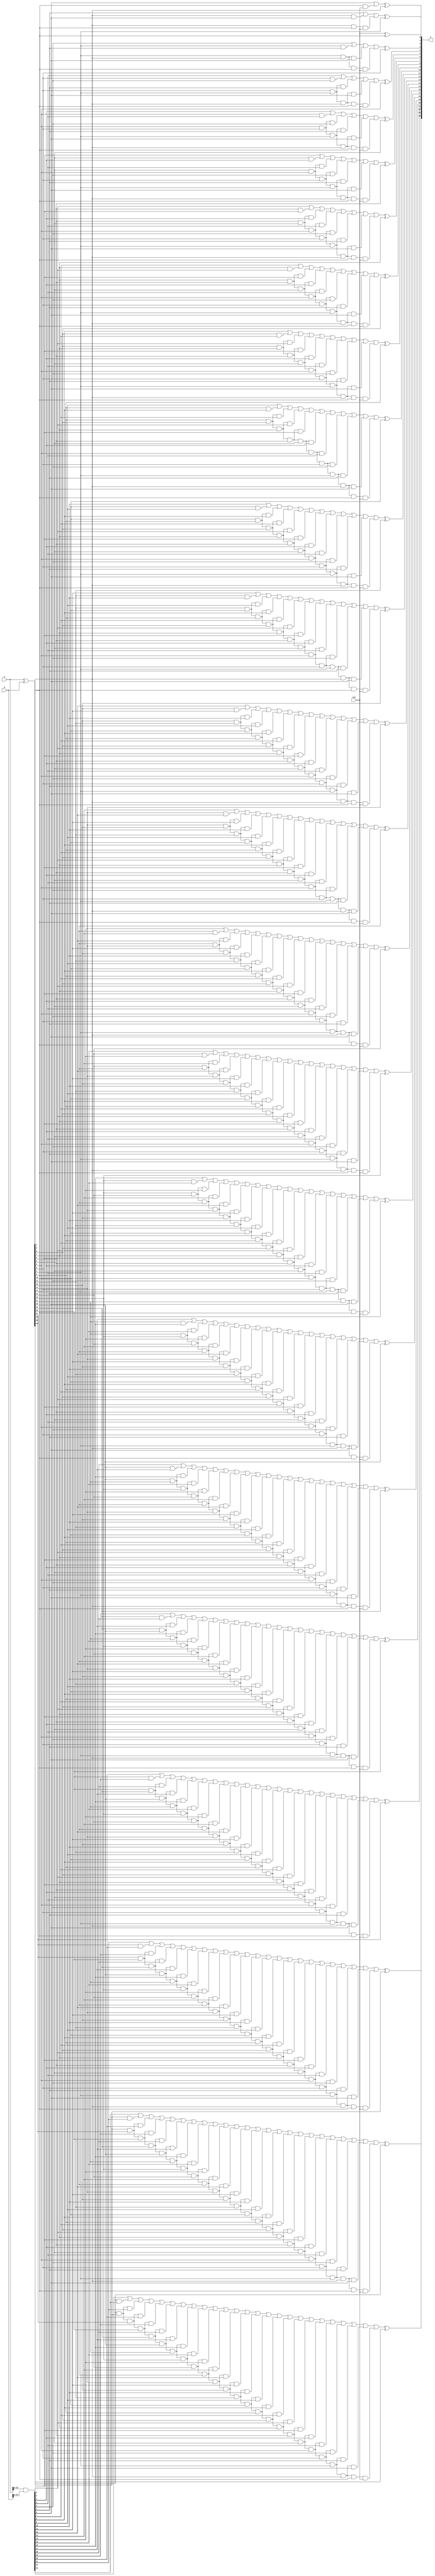
module CarryLookAheadAdder_23b(
	input wire [24:0]a,
	input wire [24:0]b,
	output wire [24:0]S,
    input wire Cin
);
    wire [25:0] G;
    wire [24:0] P;
    assign P[24:0] = a ^ b;
    assign G[25:1] = a & b;
    assign G[0] = Cin;
    
    wire [25:0] Carry;
    assign Carry[0] = Cin;

    genvar i , j , k;
    generate
        for (i = 1;i < 26;i = i + 1) begin : gen_block1
            wire [i:0] Ps;
            assign Ps[0] = 1'b1;
            for (k = 0;k < i;k = k + 1) begin : gen_block2
                assign Ps[k + 1] = Ps[k] & P[i - k - 1];
            end

            wire [i:0] terms;
            assign terms[0] = G[i];
            for (k = 0;k < i;k = k + 1) begin : gen_block3
                assign terms[k + 1] = terms[k] | (Ps[k + 1] & G[i - k - 1]);
            end
            assign Carry[i] = terms[i];
            assign S[i - 1] = Carry[i - 1] ^ P[i - 1]; 
        end
    endgenerate
endmodule

module CarryLookAheadAdder_8b(
	input wire [7:0]a,
	input wire [7:0]b,
	output wire [7:0]S,
    input wire Cin
);
    wire [8:0] G;
    wire [7:0] P;
    assign P[7:0] = a ^ b;
    assign G[8:1] = a & b;
    assign G[0] = Cin;
    
    wire [8:0] Carry;
    assign Carry[0] = Cin;

    genvar i , j , k;
    generate
        for (i = 1;i < 9;i = i + 1) begin : gen_block1
            wire [i:0] Ps;
            assign Ps[0] = 1'b1;
            for (k = 0;k < i;k = k + 1) begin : gen_block2
                assign Ps[k + 1] = Ps[k] & P[i - k - 1];
            end

            wire [i:0] terms;
            assign terms[0] = G[i];
            for (k = 0;k < i;k = k + 1) begin : gen_block3
                assign terms[k + 1] = terms[k] | (Ps[k + 1] & G[i - k - 1]);
            end
            assign Carry[i] = terms[i];
            assign S[i - 1] = Carry[i - 1] ^ P[i - 1]; 
        end
    endgenerate
endmodule


module FP32Adder2_CLA(
    input wire [31:0] a,
	input wire [31:0] b,
    output wire [31:0]S,
    output wire Overflow
);

    wire a_sign;
    wire b_sign;
    wire [7:0] a_exp;
    wire [7:0] b_exp;
    wire [22:0] a_mantissa;
    wire [22:0] b_mantissa;

    wire [22:0] zeros;
    assign zeros = 23'b00000000000000000000000;

    assign a_sign = a[31];
    assign b_sign = b[31];
    assign a_exp  = a[30:23];
    assign b_exp  = b[30:23];
    assign a_mantissa = a[22:0];
    assign b_mantissa = b[22:0];

    wire [23:0] l_mantissa;
    wire [23:0] s_mantissa;
    wire [7:0] c_exp;
    wire l_sign;
    wire s_sign;

    wire cmp;
    assign cmp = (a_exp > b_exp || (a_exp == b_exp && a_mantissa > b_mantissa));

    wire [7:0] a_minus_b;
    wire [7:0] b_minus_a;
    CarryLookAheadAdder_8b sub_a_b(
        .a(a_exp),
        .b((8'b11111111 ^ b_exp)),
        .S(a_minus_b),
        .Cin(1'b1)
    );

    CarryLookAheadAdder_8b sub_b_a(
        .a(b_exp),
        .b((8'b11111111 ^ a_exp)),
        .S(b_minus_a),
        .Cin(1'b1)
    );

    assign l_mantissa = cmp ? { a_exp != 8'b00000000 , a_mantissa} :
                              { b_exp != 8'b00000000 , b_mantissa};

    assign s_mantissa = cmp ? { b_exp != 8'b00000000 , b_mantissa} >> (a_minus_b) : 
                              { a_exp != 8'b00000000 , a_mantissa} >> (b_minus_a);
    assign c_exp  = cmp ? a_exp : b_exp;
    assign l_sign = cmp ? a_sign : b_sign;
    assign s_sign = cmp ? b_sign : a_sign;

    wire equs;
    assign equs = l_sign ^ s_sign;

    wire [24:0] sum_man; 
    CarryLookAheadAdder_23b add1(
        .a({1'b0 , l_mantissa}),
        .b({1'b0 , s_mantissa}),
        .S(sum_man),
        .Cin(1'b0)
    );
    //assign sum_man = l_mantissa + s_mantissa;

    wire [22:0] ss_m;
    wire [7:0] ss_exp;
    wire [7:0] c_exp_inc;
    CarryLookAheadAdder_8b inc1(
        .a(8'b00000000),
        .b(c_exp),
        .S(c_exp_inc),
        .Cin(1'b1)
    );

    assign ss_m   = sum_man[24] ? sum_man[23:1] : sum_man[22:0];
    assign ss_exp = sum_man[24] ? c_exp_inc : c_exp;

    wire [24:0] sum_dif;
    CarryLookAheadAdder_23b sub1(
        .a({1'b0 , l_mantissa}),
        .b({1'b1 , (24'b111111111111111111111111 ^ s_mantissa)}),
        .S(sum_dif),
        .Cin(1'b1)
    );
    //assign sum_dif = l_mantissa - s_mantissa;

    wire [22:0] ds_m;
    wire [7:0] ds_exp_offset;

    assign ds_m = sum_dif[23] ?  sum_dif[22:0] :
                  sum_dif[22] ? {sum_dif[21:0],zeros[0   ]} :
                  sum_dif[21] ? {sum_dif[20:0],zeros[1:0 ]} :
                  sum_dif[20] ? {sum_dif[19:0],zeros[2:0 ]} :
                  sum_dif[19] ? {sum_dif[18:0],zeros[3:0 ]} :
                  sum_dif[18] ? {sum_dif[17:0],zeros[4:0 ]} :
                  sum_dif[17] ? {sum_dif[16:0],zeros[5:0 ]} :
                  sum_dif[16] ? {sum_dif[15:0],zeros[6:0 ]} :
                  sum_dif[15] ? {sum_dif[14:0],zeros[7:0 ]} :
                  sum_dif[14] ? {sum_dif[13:0],zeros[8:0 ]} :
                  sum_dif[13] ? {sum_dif[12:0],zeros[9:0 ]} :
                  sum_dif[12] ? {sum_dif[11:0],zeros[10:0]} :
                  sum_dif[11] ? {sum_dif[10:0],zeros[11:0]} :
                  sum_dif[10] ? {sum_dif[9:0 ],zeros[11:0]} :
                  sum_dif[9]  ? {sum_dif[8:0 ],zeros[12:0]} :
                  sum_dif[8]  ? {sum_dif[7:0 ],zeros[13:0]} :
                  sum_dif[7]  ? {sum_dif[6:0 ],zeros[14:0]} :
                  sum_dif[6]  ? {sum_dif[5:0 ],zeros[15:0]} :
                  sum_dif[5]  ? {sum_dif[4:0 ],zeros[16:0]} :
                  sum_dif[4]  ? {sum_dif[3:0 ],zeros[17:0]} :
                  sum_dif[3]  ? {sum_dif[2:0 ],zeros[18:0]} :
                  sum_dif[2]  ? {sum_dif[1:0 ],zeros[19:0]} :
                  sum_dif[1]  ? {sum_dif[0   ],zeros[20:0]} :
                  sum_dif[0]  ? zeros[22:0] : zeros[22:0];

    assign ds_exp_offset = 
                  sum_dif[23] ? 8'b00000000 : // -0
                  sum_dif[22] ? 8'b11111111 : // -1
                  sum_dif[21] ? 8'b11111110 : // -2
                  sum_dif[20] ? 8'b11111101 : // -3
                  sum_dif[19] ? 8'b11111100 : // -4
                  sum_dif[18] ? 8'b11111011 : // -5
                  sum_dif[17] ? 8'b11111010 : // -6
                  sum_dif[16] ? 8'b11111001 : // -7
                  sum_dif[15] ? 8'b11111000 : // -8
                  sum_dif[14] ? 8'b11110111 : // -9
                  sum_dif[13] ? 8'b11110110 : // -10 
                  sum_dif[12] ? 8'b11110101 : // -11
                  sum_dif[11] ? 8'b11110100 : // -12
                  sum_dif[10] ? 8'b11110011 : // -13
                  sum_dif[9]  ? 8'b11110010 : // -14
                  sum_dif[8]  ? 8'b11110001 : // -15
                  sum_dif[7]  ? 8'b11110000 : // -16
                  sum_dif[6]  ? 8'b11101111 : // -17
                  sum_dif[5]  ? 8'b11101110 : // -18
                  sum_dif[4]  ? 8'b11101101 : // -19
                  sum_dif[3]  ? 8'b11101100 : // -20
                  sum_dif[2]  ? 8'b11101011 : // -21
                  sum_dif[1]  ? 8'b11101010 : // -22
                  sum_dif[0]  ? 8'b11101001 : // -23
                        8'b01111111; 

    wire [7:0] ds_exp;
    wire [7:0] ds_exp_off;
    CarryLookAheadAdder_8b sub2(
        .a(ds_exp_offset),
        .b(c_exp),
        .S(ds_exp_off),
        .Cin(1'b0)
    );
    assign ds_exp = ds_exp_offset[7] | (!ds_exp_offset[0]) ? ds_exp_off : 8'b00000000;

    assign S[31]    = l_sign;
    assign S[30:23] = equs ? ds_exp : ss_exp;
    assign S[22:0]  = equs ? ds_m   : ss_m  ;

    assign Overflow = c_exp == 8'b11111111 || S[30:23] == 8'b11111111;

endmodule